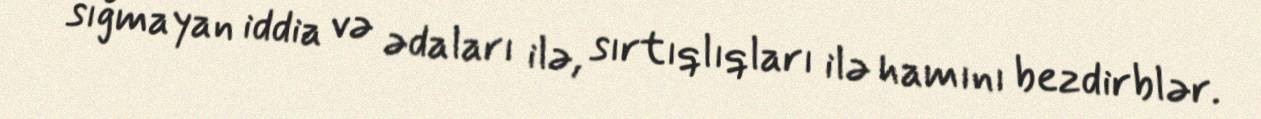
sığmayan iddia və ədaları ilə, sırtıqlıqları ilə hamını bezdirblər.